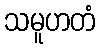
သမူဟတံ